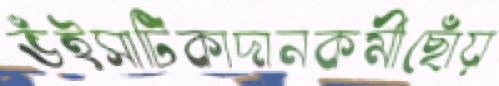
ভঁইসাটিকাদানকর্মীছোঁয়